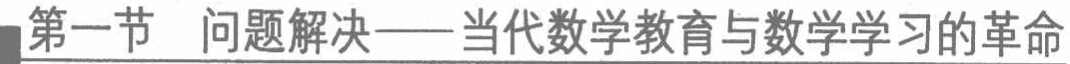
第一节 问题解决——当代数学教育与数学学习的革命